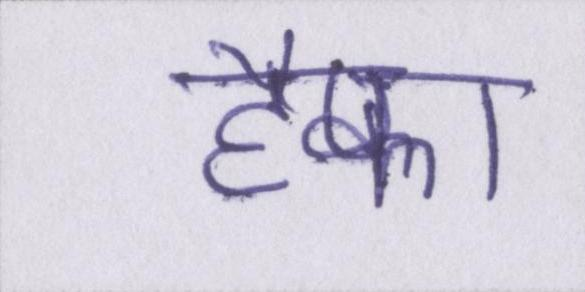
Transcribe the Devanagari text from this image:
हैफा